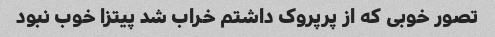
تصور خوبی که از پرپروک داشتم خراب شد پیتزا خوب نبود